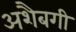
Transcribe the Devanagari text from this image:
अशैबगी